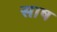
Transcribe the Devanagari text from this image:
साष